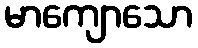
မာကျောသော